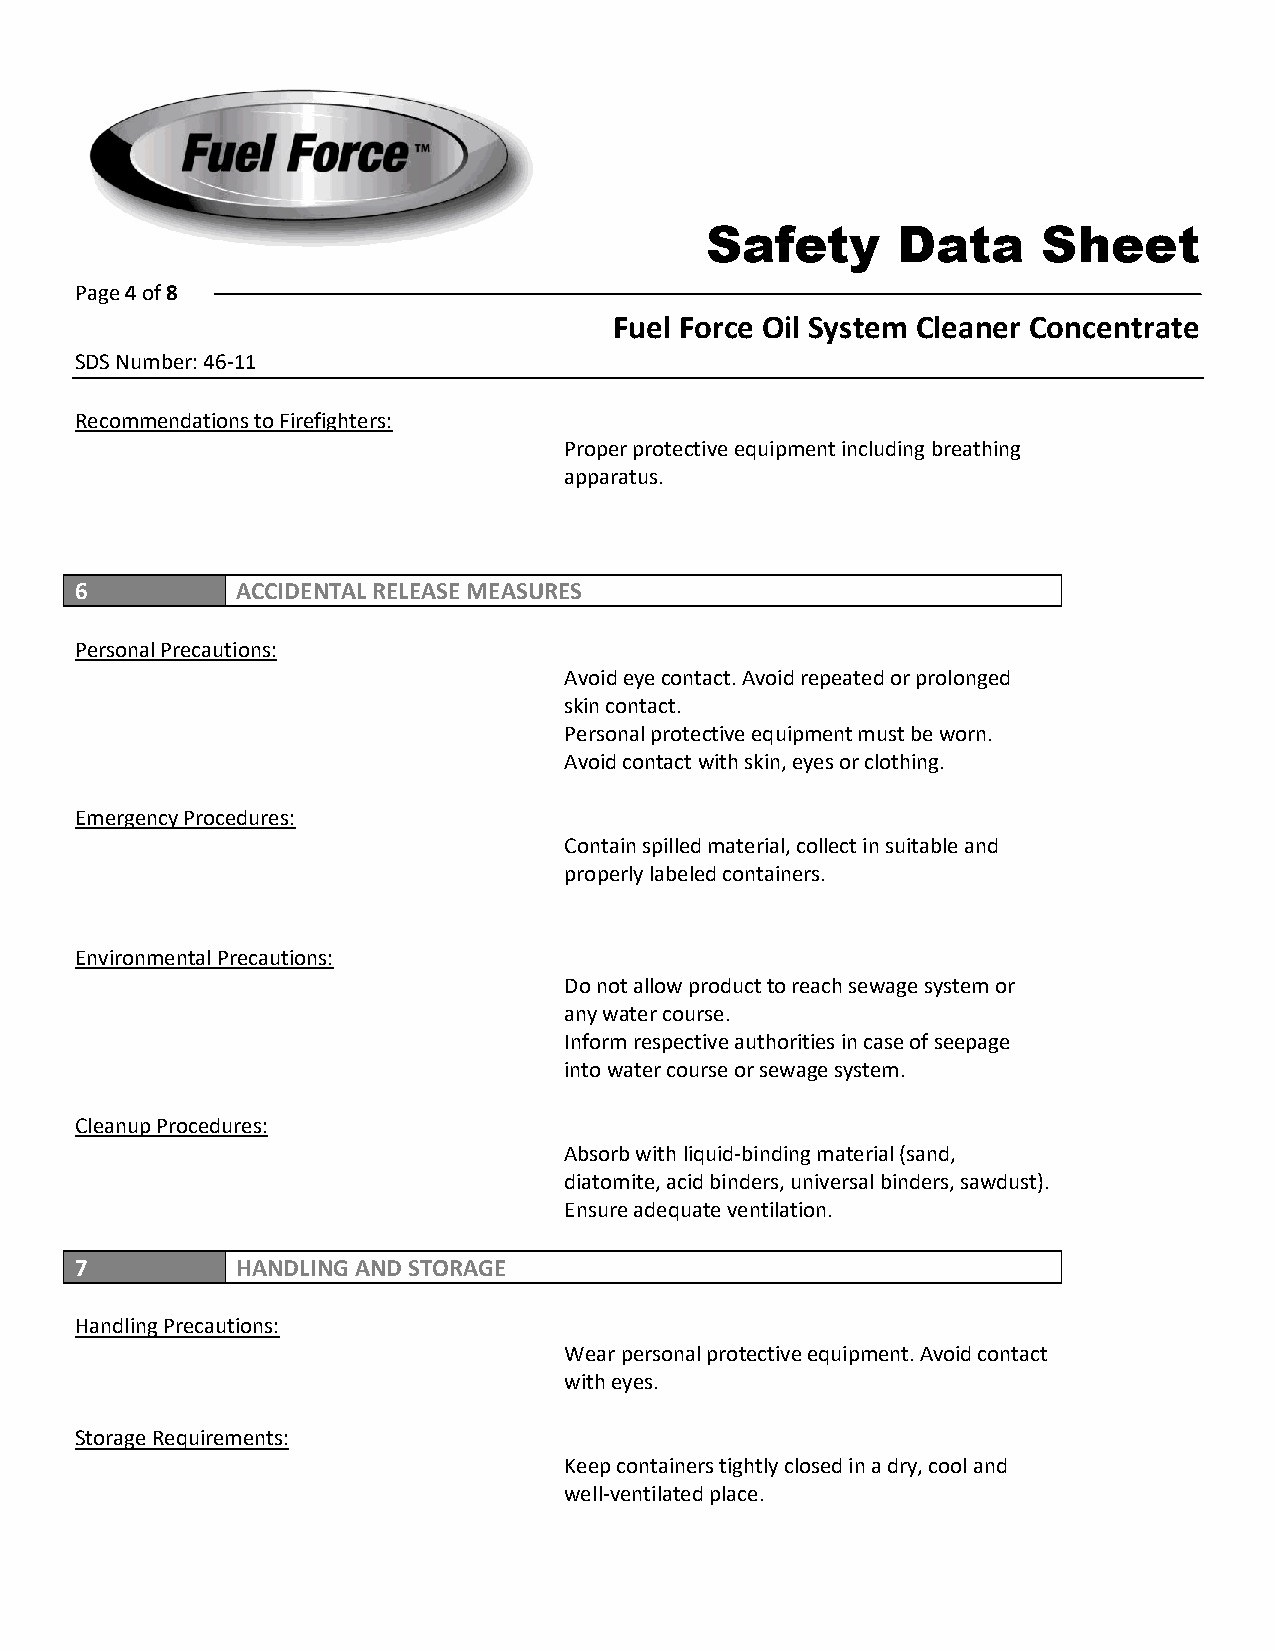
Safety      Data      Sheet
 Page 4 of 8
 Fuel Force Oil System Cleaner Concentrate
 SDS Number: 46-11
 Recommendations to Firefighters:
 Proper protective equipment including breathing
 apparatus.
 6          ACCIDENTAL RELEASE MEASURES
 Personal Precautions:
 Avoid eye contact. Avoid repeated or prolonged
 skin contact.
 Personal protective equipment must be worn.
 Avoid contact with skin, eyes or clothing.
 Emergency Procedures:
 Contain spilled material, collect in suitable and
 properly labeled containers.
 Environmental Precautions:
 Do not allow product to reach sewage system or
 any water course.
 Inform respective authorities in case of seepage
 into water course or sewage system.
 Cleanup Procedures:
 Absorb with liquid-binding material (sand,
 diatomite, acid binders, universal binders, sawdust).
 Ensure adequate ventilation.
 7          HANDLING AND STORAGE
 Handling Precautions:
 Wear personal protective equipment. Avoid contact
 with eyes.
 Storage Requirements:
 Keep containers tightly closed in a dry, cool and
 well-ventilated place.